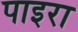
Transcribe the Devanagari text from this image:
पाइरा